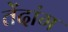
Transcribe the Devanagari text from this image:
तेंदांग